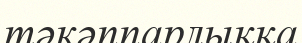
тәкәппарлыққа